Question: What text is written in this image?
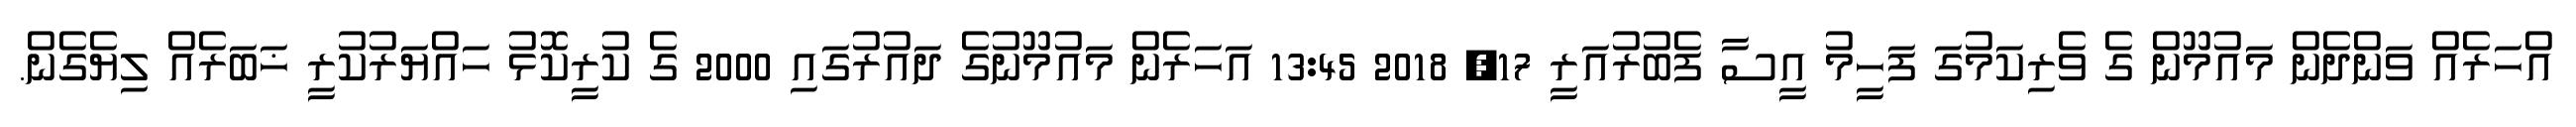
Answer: އްހަރެއް ވަންދެން މައުމޫން ގެ ވެރިކަމުގަ ފަހީމު އީސާ ފެބުރުއަރީ 17, 2018 13:45 އަހަރެން މައުމޫނުގެ ދައުރުގައި 2000 ގެ ކުރީކޮޅު ހައްޔަރުކުރީ ޚަބަރެއް ލިޔެގެން.